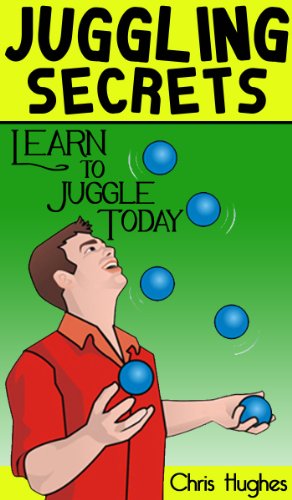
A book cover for Juggling Secrets: Learn How to Juggle Today; Chris Hughes; Sports & Outdoors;